Report on vaccination in Madras 1895-1903 - 1895-1903
Year: 1895
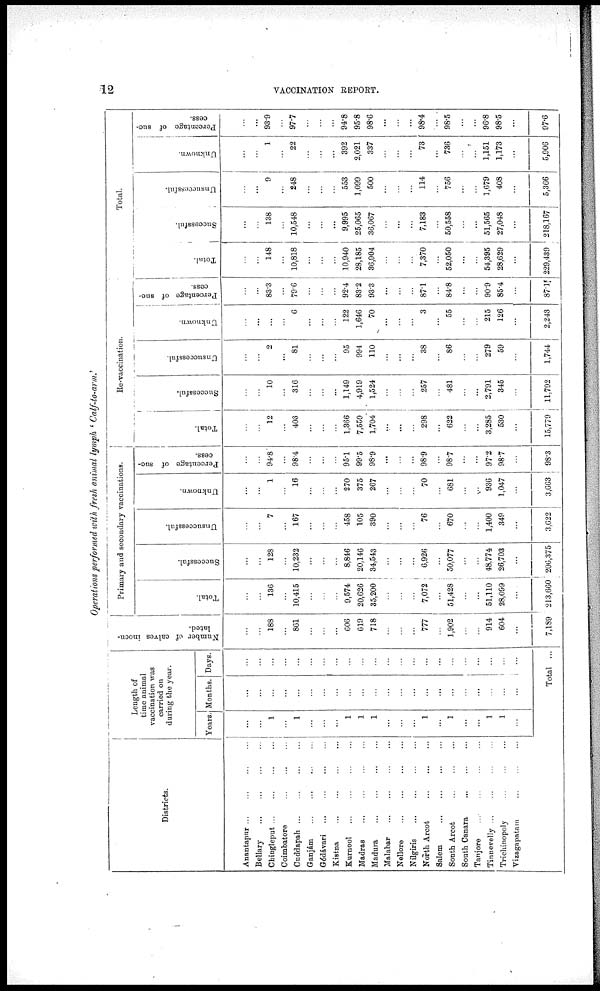
12
VACCINATION REPORT.
Operations performed with fresh animal lymph ' Calf-to-arm.'
Districts.
Anantapur
...
...
...
...
Bellary
...
...
...
...
Chingleput ... ... ... ...
Coimbatore
...
...
...
...
Cuddapah
...
...
...
...
Ganjám
...
...
...
...
Gódávari
...
...
...
...
Kistna
...
...
...
...
Kurnool
...
...
...
...
Madras
...
...
...
...
Madura
...
...
...
...
Malabar ... ... ... ...
Nellore ... ... ... ...
Nilgiris
...
...
...
...
North Arcot ... ... ... ...
Salem
...
...
...
...
South Arcot
...
...
...
...
South Canara ... ... ... ...
Tanjore
...
...
...
...
Tinnevelly ... ... ... ...
Trichinopoly
...
...
...
Vizagapatam
...
...
...
...
Length of
time animal
vaccination was
carried on
during the year.
Years.
...
...
1
...
1
...
...
...
1
1
1
...
...
...
1
...
1
...
...
1
1
...
Months.
...
...
...
...
...
...
...
...
...
...
...
...
...
...
...
...
...
...
...
...
...
...
Days.
...
...
...
...
...
...
...
...
...
...
...
...
...
...
...
...
...
...
...
...
...
Total ...
Number of calves inocu-
lated.
...
...
188
...
861
...
...
...
606
619
718
...
...
...
777
...
1,902
...
...
914
604
...
7,139
Primary and socondary vaccinations.
Total.
...
...
136
...
10,415
...
...
...
9,574
20,626
35,200
...
...
...
7,072
...
51,428
...
...
51,110
28,099
...
213,660
Successful.
...
...
128
...
10,232
...
...
...
8,846
20,146
34,543
...
...
...
6,926
...
50,077
...
...
48,774
26,703
...
206,375
Unsuccessful.
...
...
7
...
167
...
...
...
458
105
390
...
...
...
76
...
670
...
...
1,400
349
...
3,622
Unknown.
...
...
1
...
16
...
...
...
270
375
267
...
...
...
70
...
681
...
...
936
1,047
...
3,663
Percentage of suc-
cess.
...
...
94.8
...
98.4
...
...
...
95.1
99.5
98.9
...
...
...
98.9
...
98.7
...
...
97.2
98.7
...
98.3
Re-vaccination.
Total.
...
...
12
...
403
...
...
...
1,366
7,559
1,704
...
...
...
298
...
622
...
...
3,285
530
...
15,779
Successful.
...
...
10
...
316
...
...
...
1,149
4,919
1,524
...
...
...
257
...
481
...
...
2,791
345
...
11,792
Unsuccessful.
...
...
2
...
81
...
...
...
95
994
110
...
...
...
38
...
86
...
...
279
59
...
1,744
Unknown.
...
...
...
...
6
...
...
...
122
1,646
70
...
...
...
3
...
55
...
...
215
126
...
2,243
Percentage of suc-
cess.
...
...
83.3
...
79.6
...
...
...
92.4
83.2
93.3
...
...
...
87.1
...
84.8
...
...
90.9
85.4
...
87.1
Total.
Total.
...
...
148
...
10,818
...
...
...
10,940
28,185
36,904
...
...
...
7,370
...
52,050
...
...
54,395
28,629
...
229,439
Successful.
...
...
138
...
10,548
...
...
...
9,995
25,065
36,067
...
...
...
7,183
...
50,558
...
...
51,565
27,048
...
218,167
Unsuccessful.
...
...
9
...
248
...
...
...
553
1,099
500
...
...
...
114
...
756
...
...
1,679
408
...
5,366
Unknown.
...
...
1
...
22
...
...
...
392
2,021
337
...
...
...
73
...
736
...
...
1,151
1,173
...
5,906
Percentage of suc-
cess.
...
...
93.9
...
97.7
...
...
...
94.8
95.8
98.6
...
...
...
98.4
...
98.5
...
...
96.8
98.5
...
97.6